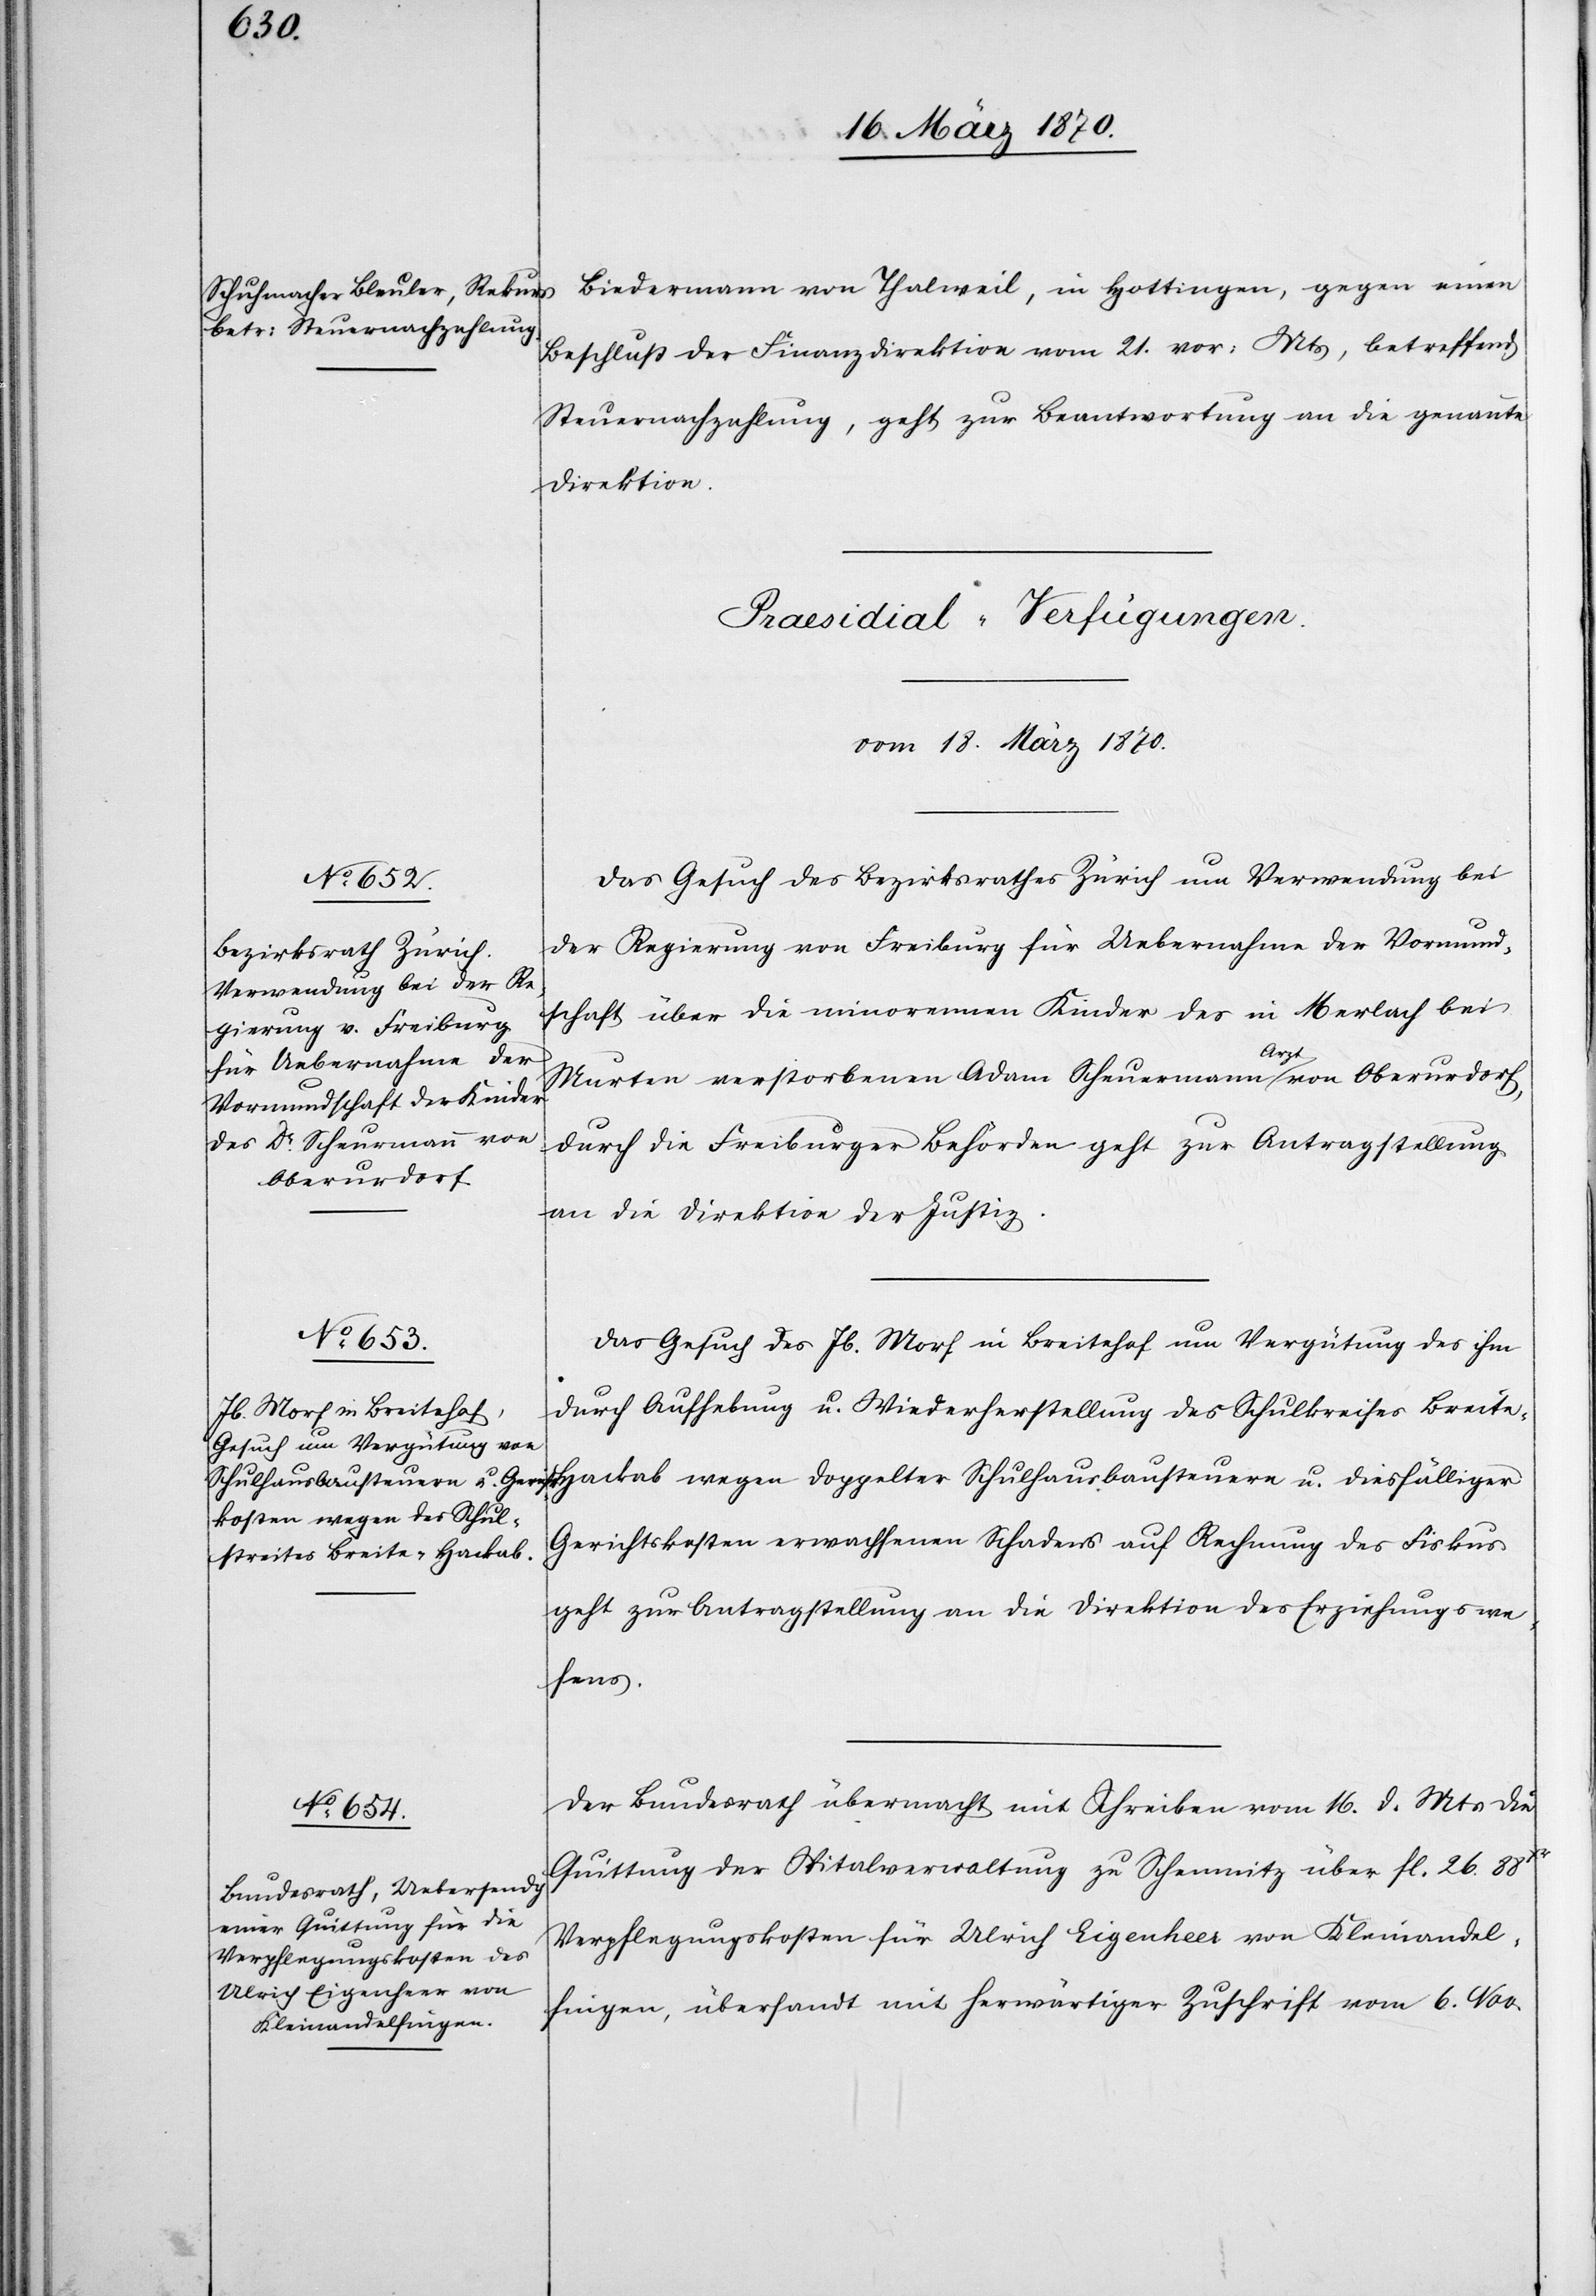
Oberurdorf,

Biedermann von Thalweil, in Hottingen, gegen einen
Beschluß der Finanzdirektion vom 21. vor: Mts, betreffend
Steuernachzahlung, geht zur Beantwortung an die genannte
Direktion.
[Praesidial-Verfügungen.
vom 18. März 1870.]
Das Gesuch des Bezirksrathes Zürich um Verwendung bei
der Regierung von Freiburg für Uebernahme der Vormund¬
schaft über die minorennen Kinder des in Merlach bei
Murten verstorbenen Adam Scheuermann [sic!] a-Arzt-a von
durch die Freiburger Behörden geht zur Antragstellung
an die Direktion der Justiz.
Das Gesuch des Jb. Morf in Breitehof um Vergütung des ihm
durch Aufhebung u. Wiederherstellung des Schulkreises Breit¬
e-Hackab wegen doppelter Schulhausbausteuern u. diesfälliger
Gerichtskosten erwachsenen Schadens auf Rechnung des Fiskus
geht zur Antragstellung an die Direktion des Erziehungswe¬
sens.
Der Bundesrath übermacht mit Schreiben vom 16. d. Mts die
Quittung der Spitalverwaltung zu Schemnitz über fl. 26. 88Xr
Verpflegungskosten für Ulrich Eigenheer von Kleinandel¬
fingen, übersandt mit herwärtiger Zuschrift vom 6. Nov.